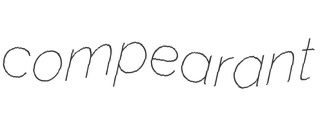
compearant